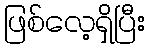
ဖြစ်လေ့ရှိပြီး